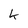
Character: k